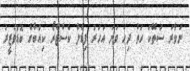
ނަވާރަ ސަތޭކަ ހަތް ދިހަ ވަނަ އަހަރު ފިޑެލް ކެސްޓްރޯ ކިއުބާގެ ބޮޑުވަޒީރު